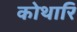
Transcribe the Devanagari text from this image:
कोथारि